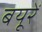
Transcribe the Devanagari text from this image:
बयूरें